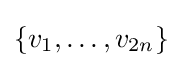
\{v_{1},\ldots ,v_{2n}\}